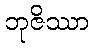
ဘုဇိဿာ